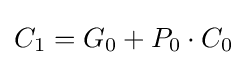
C_{1}=G_{0}+P_{0}\cdot C_{0}